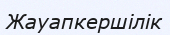
Жауапкершілік